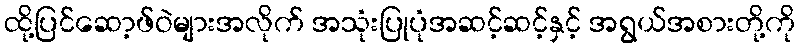
ထို့ပြင်ဆော့ဖ်ဝဲများအလိုက် အသုံးပြုပုံအဆင့်ဆင့်နှင့် အရွယ်အစားတို့ကို